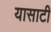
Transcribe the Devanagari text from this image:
यासाटी